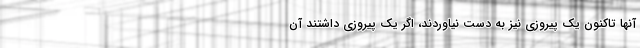
آنها تاکنون یک پیروزی نیز به دست نیاوردند، اگر یک پیروزی داشتند آن